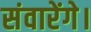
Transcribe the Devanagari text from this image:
संवारेंगे।